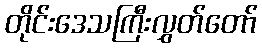
တိုင်းဒေသကြီးလွှတ်တော်